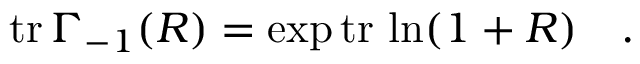
\mathrm { t r } \, \Gamma _ { - 1 } ( R ) = \exp \mathrm { t r } \, \ln ( 1 + R ) \quad .